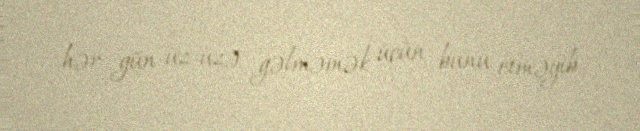
hər gün üz-üzə gəlməmək üçün bunu etməyib.